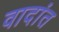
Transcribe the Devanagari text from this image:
वादांत